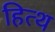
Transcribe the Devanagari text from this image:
हित्थ